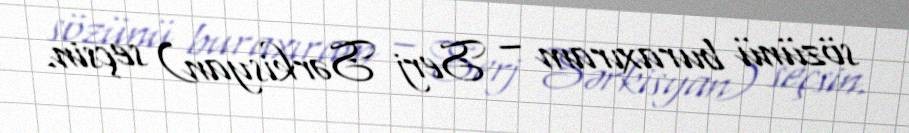
sözünü buraxıram – Serj Sərkisyan) seçsin.